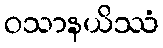
ဝသာနယိဿံ